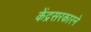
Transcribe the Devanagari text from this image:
केंद्रसरकारने